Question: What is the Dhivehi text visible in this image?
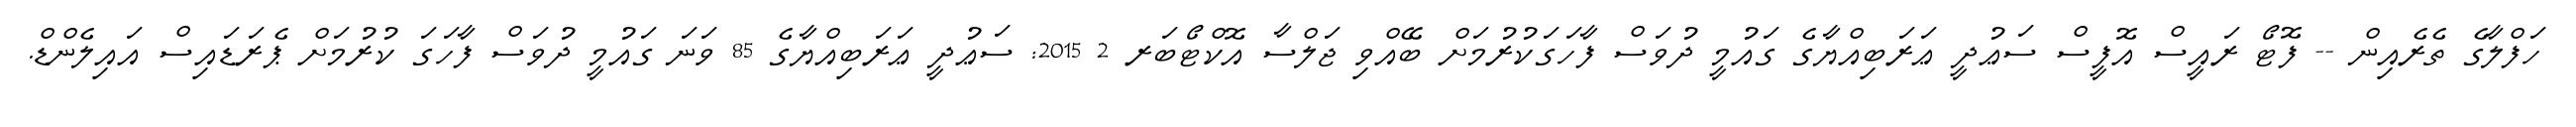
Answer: ހަފްލާގެ ތެރެއިން -- ފޮޓޯ ރައީސް އޮފީސް ސަޢުދީ ޢަރަބިއްޔާގެ ގައުމީ ދުވަސް ފާހަގަކުރުމަށް ބޭއްވި ޖަލްސާ އޮކްޓޯބަރ 2 2015: ސަޢުދީ ޢަރަބިއްޔާގެ 85 ވަނަ ގައުމީ ދުވަސް ފާހަގަ ކުރުމަށް ޕެރަޑައިސް އައިލެންޑް.